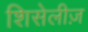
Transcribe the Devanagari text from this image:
शिसेलीज़